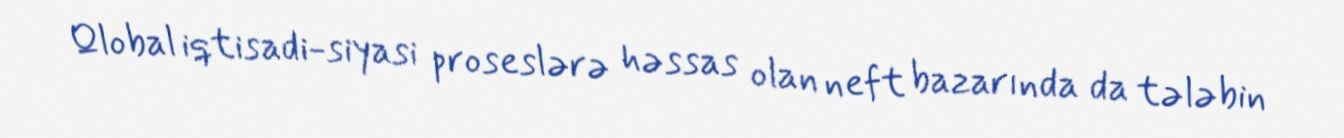
Qlobal iqtisadi-siyasi proseslərə həssas olan neft bazarında da tələbin